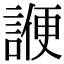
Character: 𬢷